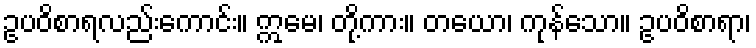
ဥပဝိစာရလည်းကောင်း။ ဣမေ၊ တို့ကား။ တယော၊ ကုန်သော။ ဥပဝိစာရာ၊